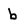
Character: b